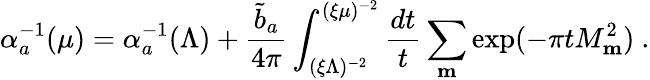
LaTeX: \alpha_{a}^{-1}(\mu)=\alpha_{a}^{-1}(\Lambda)+{\frac{{\widetilde b}_{a}}{4\pi}}\int_{(\xi\Lambda)^{-2}}^{(\xi\mu)^{-2}}{\frac{dt}{t}}\sum_{{\mathbf m}}\exp(-\pi tM_{\mathbf m}^{2})~.